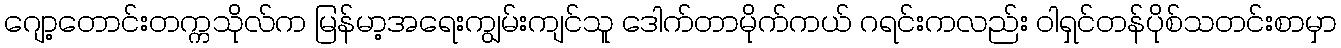
ဂျော့တောင်းတက္ကသိုလ်က မြန်မာ့အရေးကျွမ်းကျင်သူ ဒေါက်တာမိုက်ကယ် ဂရင်းကလည်း ဝါရှင်တန်ပိုစ်သတင်းစာမှာ